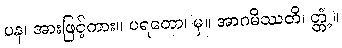
ပန၊ အားဖြင့်ကား။ ပရတော၊ မှ။ အာဂမိဿတိ၊ တ္တံ့။